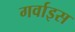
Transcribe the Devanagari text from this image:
गर्वाइस